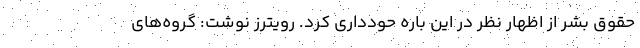
حقوق بشر از اظهار نظر در این باره حودداری کرد. رویترز نوشت: گروه‌های